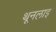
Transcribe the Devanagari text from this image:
थूनलाइ